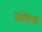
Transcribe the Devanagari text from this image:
छोटस